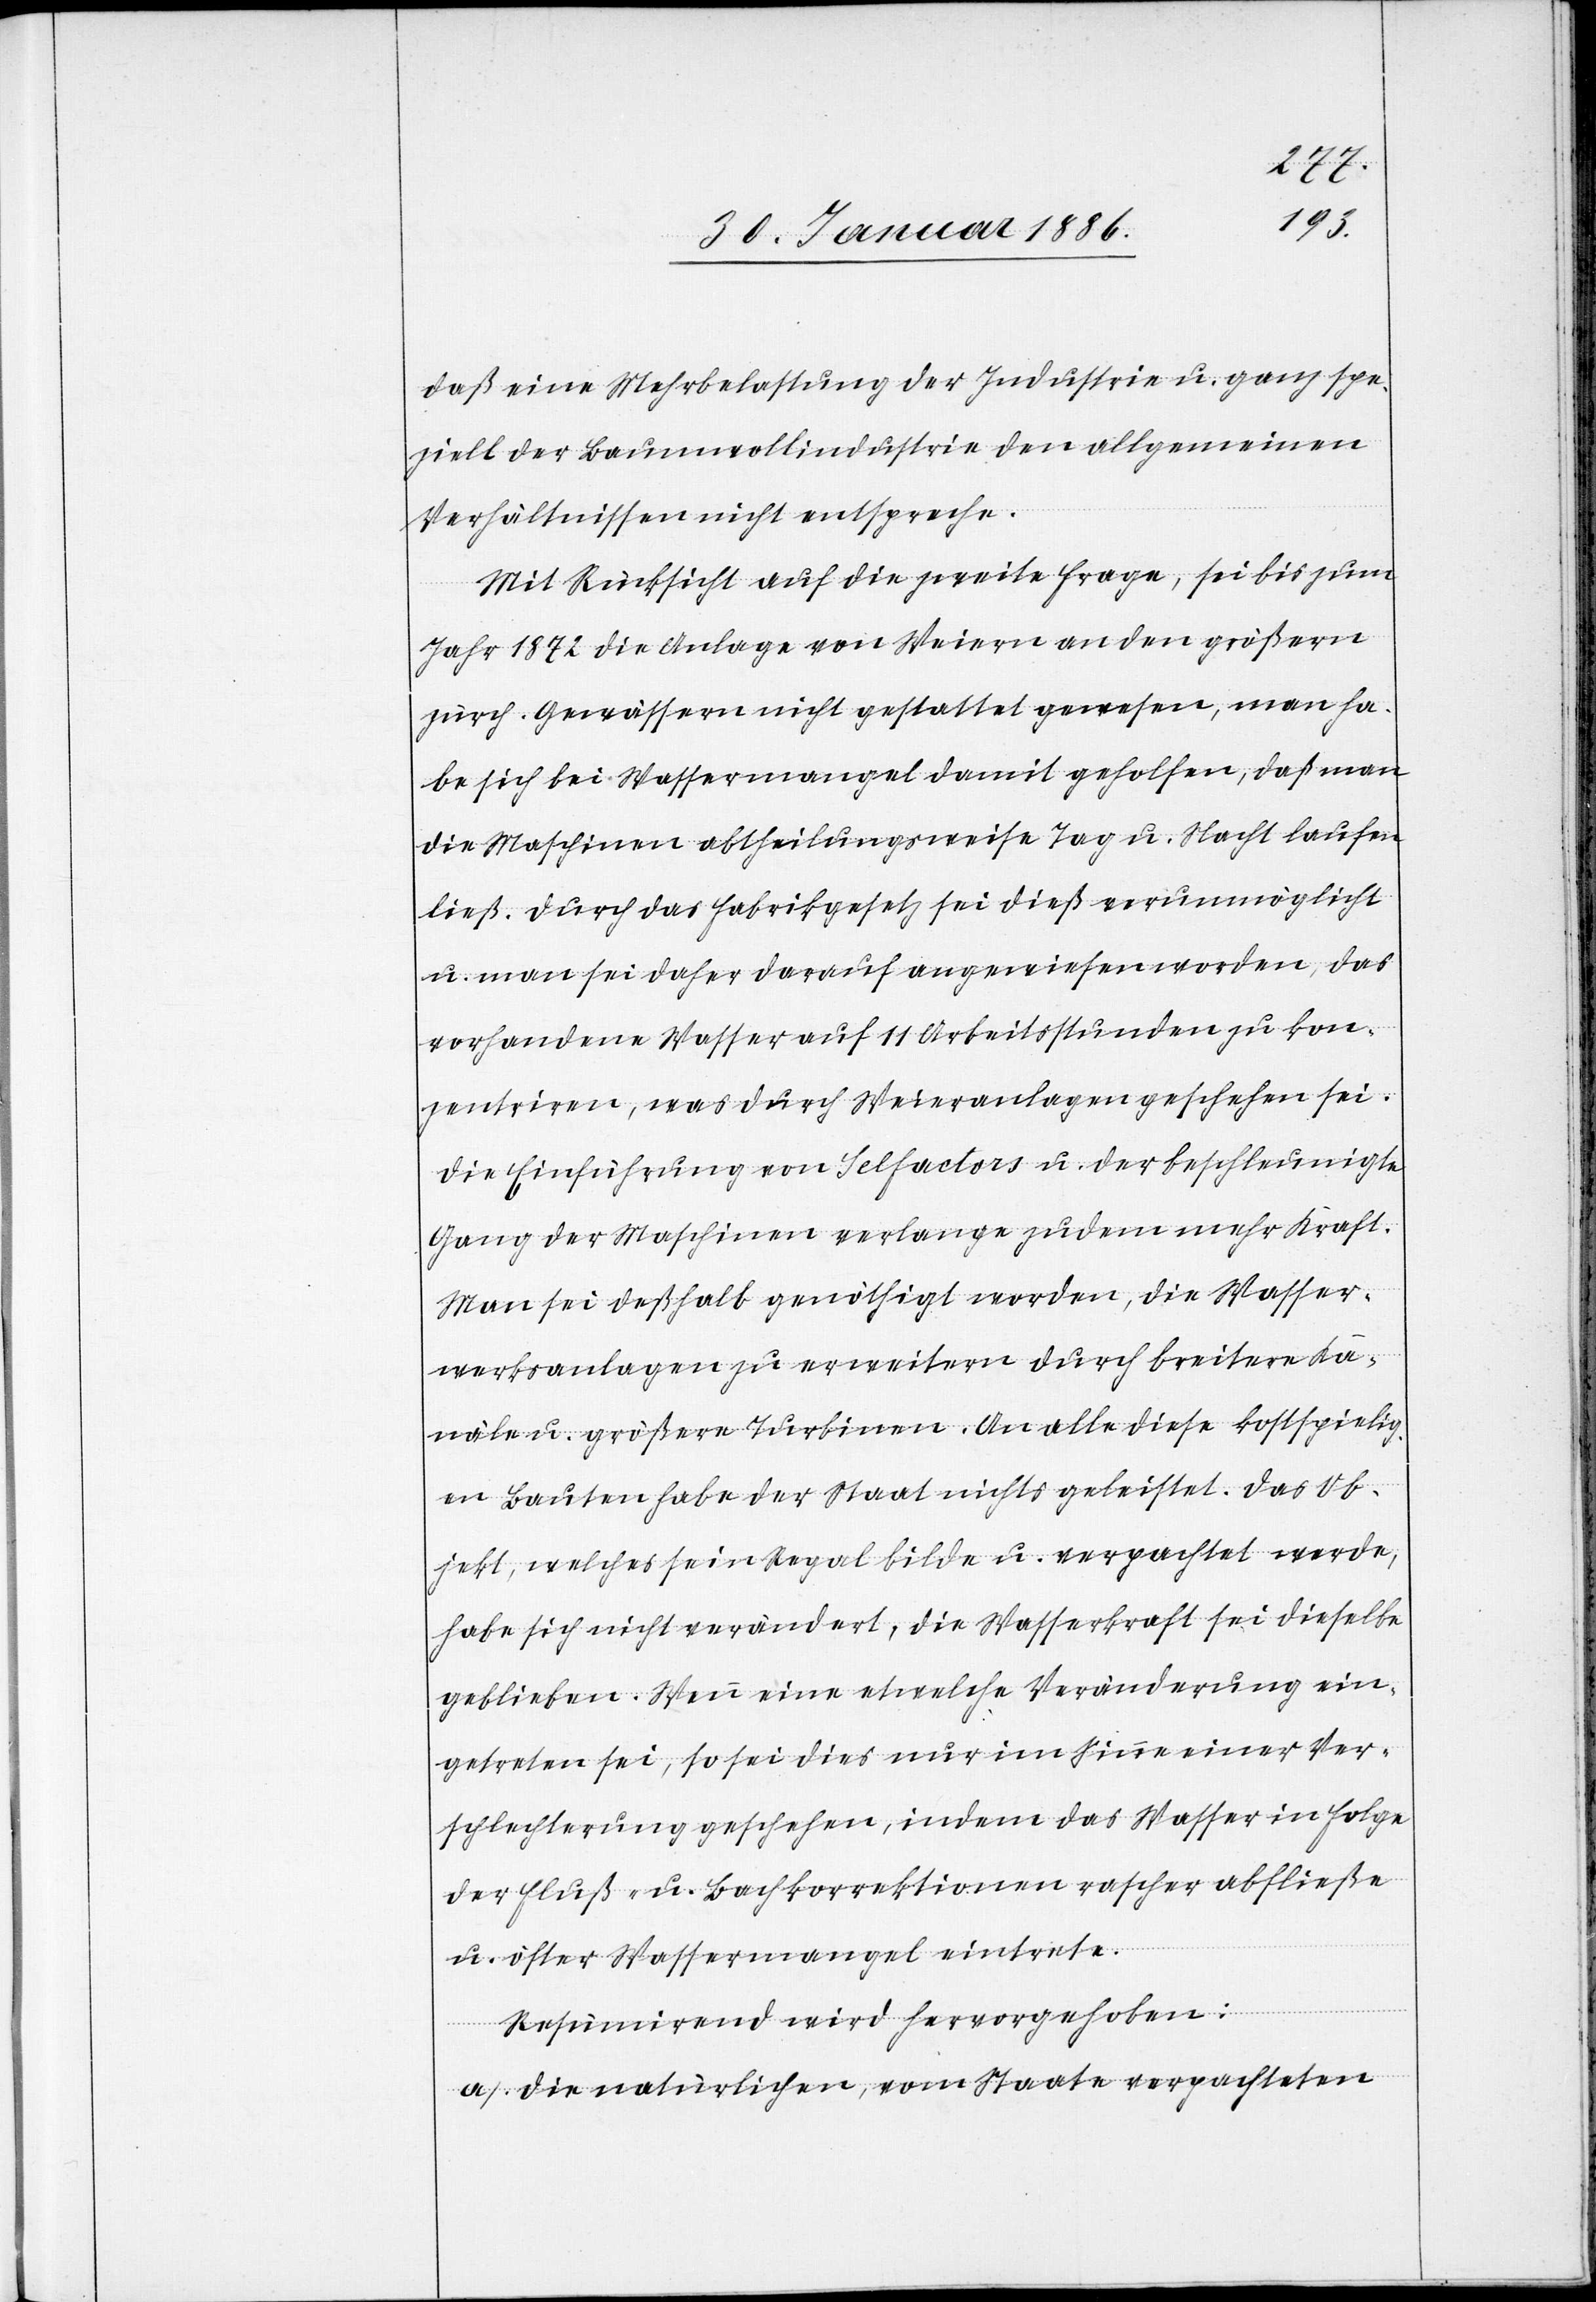
daß eine Mehrbelastung der Industrie u. ganz spe¬
ziell der Baumwollindustrie den allgemeinen
Verhältnissen nicht entspreche.
Mit Rücksicht auf die zweite Frage, sei bis zum
Jahr 1872 die Anlage von Weiern an den größern
zürch. Gewässern nicht gestattet gewesen, man ha¬
be sich bei Wassermangel damit geholfen, daß man
die Maschinen abtheilungsweise Tag u. Nacht laufen
ließ. Durch das Fabrikgesetz sei dieß verunmöglicht
u. man sei daher darauf angewiesen worden, das
vorhandene Wasser auf 11 Arbeitsstunden zu kon¬
zentriren, was durch Weieranlagen geschehen sei.
Die Einführung von Selfactors u. der beschleunigte
Gang der Maschinen verlange zudem mehr Kraft.
Man sei deßhalb genöthigt worden, die Wasser¬
werksanlagen zu erweitern durch breitere Ka¬
näle u. größere Turbinen. An alle diese kostspielig¬
en Bauten habe der Staat nichts geleistet. Das Ob¬
jekt, welches sein Regal bilde u. verpachtet werde,
habe sich nicht verändert, die Wasserkraft sei dieselbe
geblieben. Wenn eine etwelche Veränderung ein¬
getreten sei, so sei dies nur im Sinne einer Ver¬
schlechterung geschehen, indem das Wasser in Folge
der Fluß- u. Bachkorrektionen rascher abfließe
u. öfter Wassermangel eintrete.
Resümierend wird hervorgehoben:
a. Die natürlichen, vom Staate verpachteten